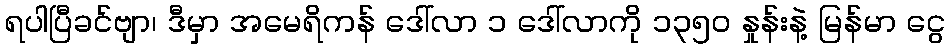
ရပါပြီခင်ဗျာ၊ ဒီမှာ အမေရိကန် ဒေါ်လာ ၁ ဒေါ်လာကို ၁၃၅၀ နှုန်းနဲ့ မြန်မာ ငွေ